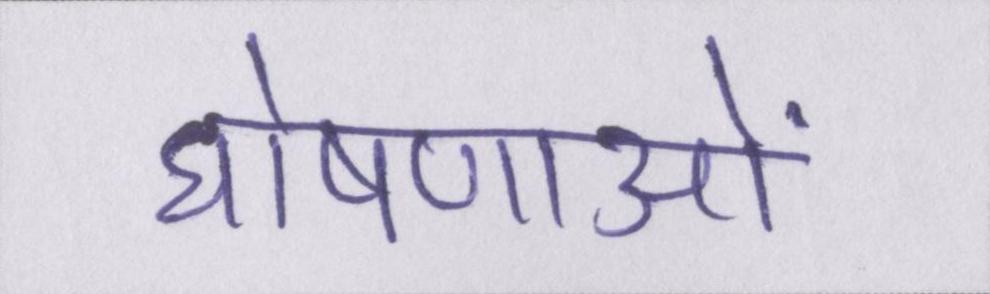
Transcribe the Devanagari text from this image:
घोषणाओं